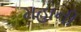
મહાની